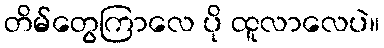
တိမ်တွေကြာလေ ပို ထူလာလေပဲ။